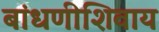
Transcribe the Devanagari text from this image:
बांधणीशिवाय